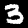
Label: 3